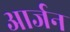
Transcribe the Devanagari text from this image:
आर्जन